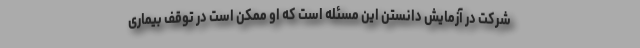
شرکت در آزمایش دانستن این مسئله است که او ممکن است در توقف بیماری